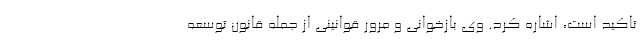
تاکید است، اشاره کرد. وی بازخوانی و مرور قوانینی از جمله قانون توسعه